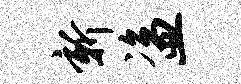
新盗